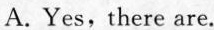
A.Yes,there are.